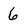
Character: 6